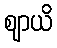
ဈာယိ